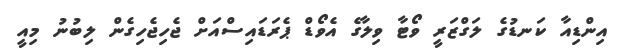
އިންޑިއާ ކަނޑުގެ ލަގްޒަރީ ވޯޓާ ވިލާގެ އެވޯޑް ޕެރަޑައިސްއަށް ޖެހިޖެހިގެން ލިބުނު މިއީ